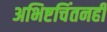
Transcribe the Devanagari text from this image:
अभिष्टचिंतनही